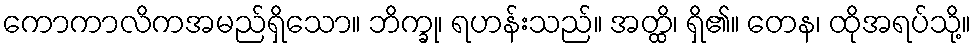
ကောကာလိကအမည်ရှိသော။ ဘိက္ခု၊ ရဟန်းသည်။ အတ္ထိ၊ ရှိ၏။ တေန၊ ထိုအရပ်သို့။